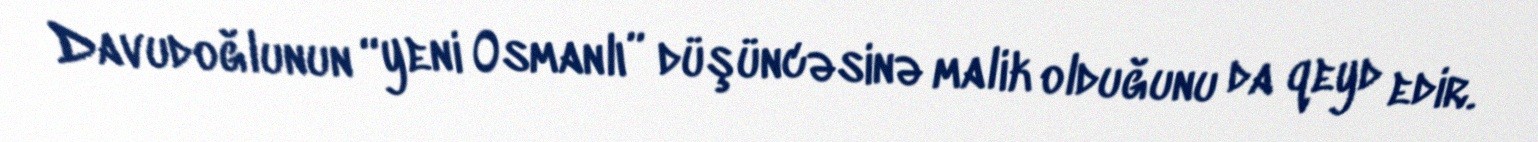
Davudoğlunun “yeni Osmanlı” düşüncəsinə malik olduğunu da qeyd edir.